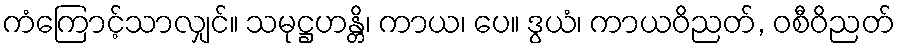
ကံကြောင့်သာလျှင်။ သမုဋ္ဌဟန္တိ၊ ကာယ၊ ပေ။ ဒွယံ၊ ကာယဝိညတ်, ဝစီဝိညတ်